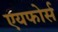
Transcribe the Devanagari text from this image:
एयफोर्स